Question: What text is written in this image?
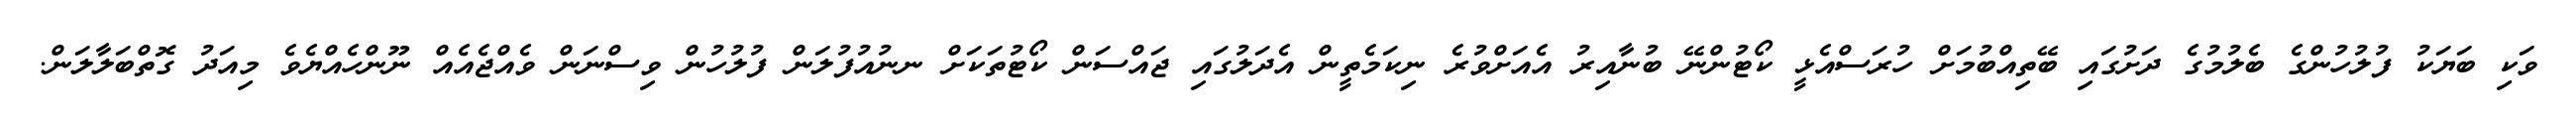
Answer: ވަކި ބަޔަކު ފުލުހުންގެ ބެލުމުގެ ދަށުގައި ބޭތިއްބުމަށް ހުރަސްއެޅީ ކޯޓުންނޭ ބުނާއިރު އެއަށްވުރެ ނިކަމެތީން އެދަލުގައި ޖައްސަން ކޯޓުތަކަށް ނނުއުފުލަން ފުލުހުން ވިސްނަން ވެއްޖެއެއް ނޫންހެއްޔެވެ މިއަދު ގޮތްބަލާލަން.